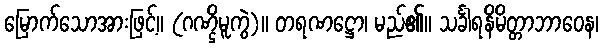
မြောက်သောအားဖြင့်။ (ဂဏ္ဌိမူကွဲ)။ တရဏဋ္ဌော၊ မည်၏။ သင်္ခါရနိမိတ္တာဘာဝေန၊